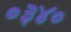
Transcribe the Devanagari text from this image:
०३४०